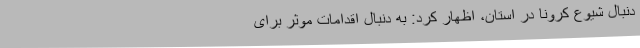
دنبال شیوع کرونا در استان، اظهار کرد: به دنبال اقدامات موثر برای